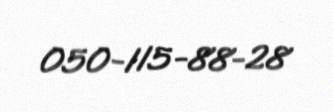
050-115-88-28